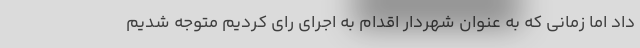
داد اما زمانی که به عنوان شهردار اقدام به اجرای رای کردیم متوجه شدیم